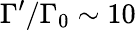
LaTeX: \Gamma^{\prime}/\Gamma_{0}\sim 10